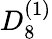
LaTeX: {D}_{8}^{(1)}